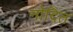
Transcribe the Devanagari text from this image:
नोदित